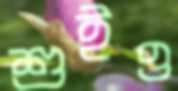
শুইও